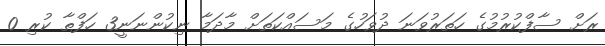
ރަށް ސާފްކުރުމުގެ ހަތަރުވަނަ ދުވަހުގެ މަސައްކަތަށް މާދަމާ ނިކުންނަނީ3 ހަފްތާ ކުރި 0